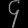
Digit: ၄